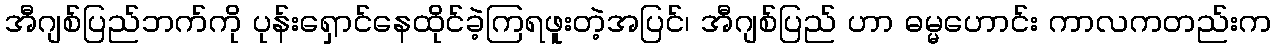
အီဂျစ်ပြည်ဘက်ကို ပုန်းရှောင်နေထိုင်ခဲ့ကြရဖူးတဲ့အပြင်၊ အီဂျစ်ပြည် ဟာ ဓမ္မဟောင်း ကာလကတည်းက